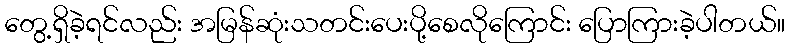
တွေ့ရှိခဲ့ရင်လည်း အမြန်ဆုံးသတင်းပေးပို့စေလိုကြောင်း ပြောကြားခဲ့ပါတယ်။